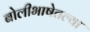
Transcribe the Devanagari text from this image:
बोलीभाषेतल्या